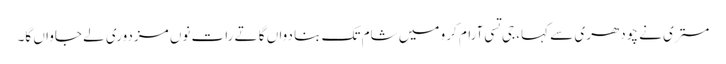
مستری نے چودھری سے کہا، جی تسی آرام کرو میں شام تک بنا دواں گا تے رات نوں مزدوری لے جاواں گا۔